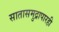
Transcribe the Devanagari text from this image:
सातासमुद्रापारही